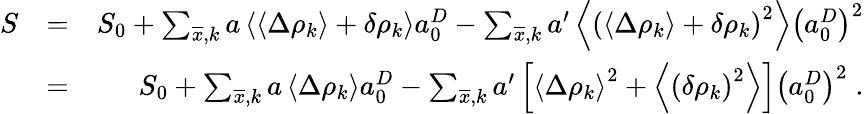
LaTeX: \begin{array}{rlr}{S}&{=}&{S_{0}+\sum_{\overline{{x}},k}a\left\langle\left\langle\Delta\rho_{k}\right\rangle+\delta\rho_{k}\right\rangle a_{0}^{D}-\sum_{\overline{{x}},k}a^{\prime}\left\langle\left(\left\langle\Delta\rho_{k}\right\rangle+\delta\rho_{k}\right)^{2}\right\rangle\left(a_{0}^{D}\right)^{2}}\\ &{=}&{S_{0}+\sum_{\overline{{x}},k}a\left\langle\Delta\rho_{k}\right\rangle a_{0}^{D}-\sum_{\overline{{x}},k}a^{\prime}\left[\left\langle\Delta\rho_{k}\right\rangle^{2}+\left\langle\left(\delta\rho_{k}\right)^{2}\right\rangle\right]\left(a_{0}^{D}\right)^{2}\; .}\end{array}